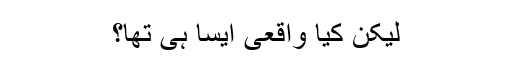
لیکن کیا واقعی ایسا ہی تھا؟